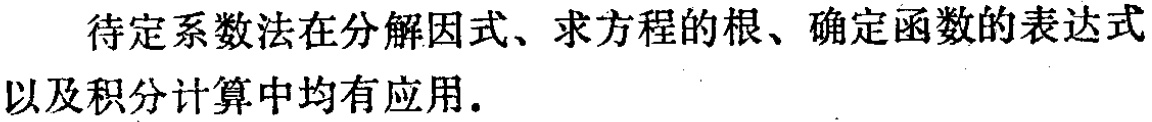
待定系数法在分解因式、求方程的根、确定函数的表达式以及积分计算中均有应用.